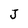
Character: J